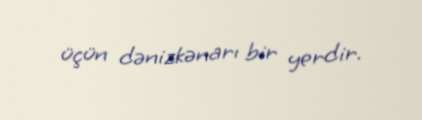
üçün dənizkənarı bir yerdir.